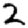
Digit: 2